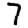
Digit: 7